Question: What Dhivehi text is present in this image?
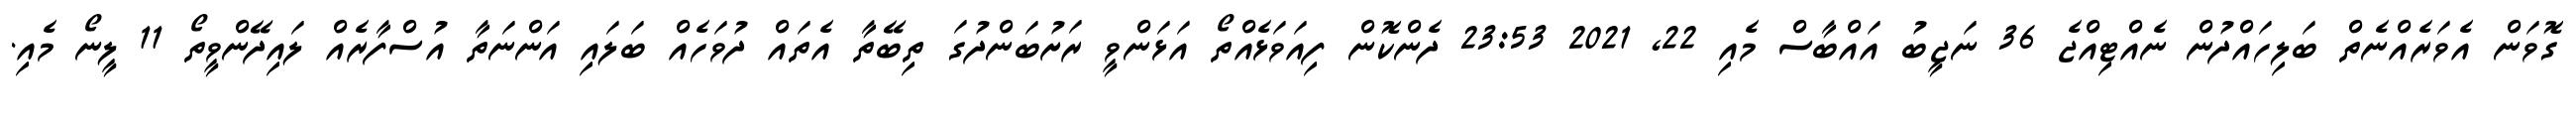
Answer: ގޮވަން އެވަރެއްނެތް ބަލިހައްދުން ނެއްޓިއްޖެ 36 ނަޖީބު އައްބާސް މެއި 22, 2021 23:53 ދެންކޮން ފިއަވަޅެއްތޯ އަޅަންވީ ރަށުބަންދުގަ ތިބޭތާ އެތައް ދުވަހެއް ބަލައި އަންނަތާ އުސްފާރެއް ލައިދޭންވީތޯ 11 ލީނޯ މެއި.